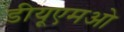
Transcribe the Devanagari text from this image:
डीयूएमओ